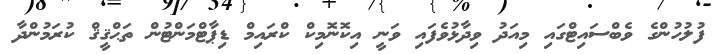
ފުލުހުންގެ ވެބްސައިޓްގައި މިއަދު ވިދާޅުވެފައި ވަނީ އިކޮނޮމިކް ކްރައިމް ޑިޕާޓްމަންޓުން ތަޙްޤީޤް ކުރަމުންދާ